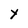
Character: Y